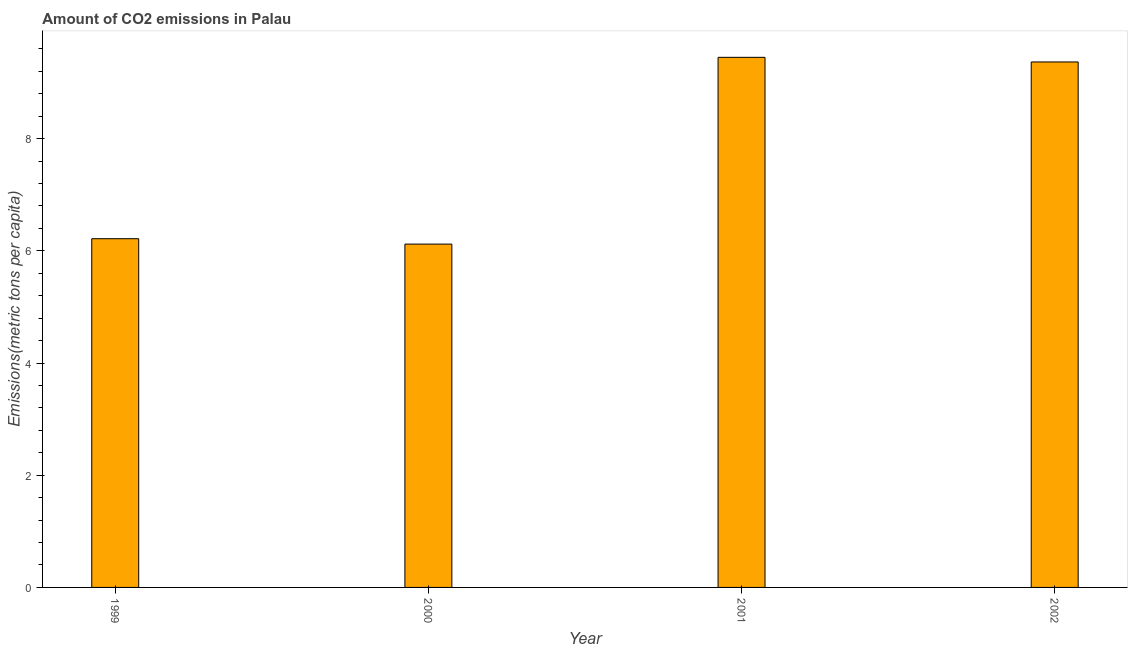
| Year | CO2 emissions |
 | --- | --- |
 | 1999 | 6.22 |
 | 2000 | 6.12 |
 | 2001 | 9.45 |
 | 2002 | 9.37 |